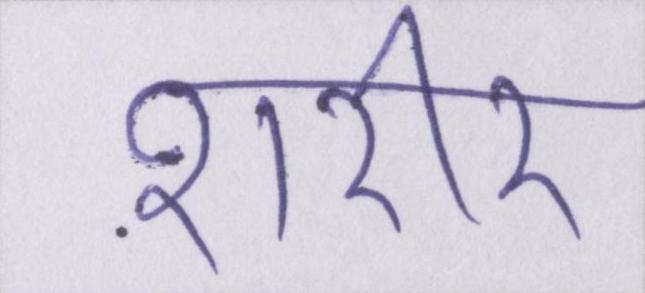
शरीर